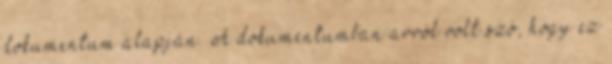
dokumentum alapján. A dokumentumban arról volt szó, hogy ez